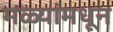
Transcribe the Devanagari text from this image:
मळ्यांमधून